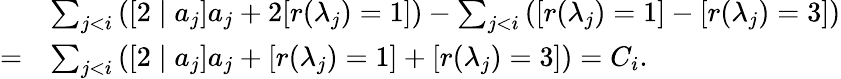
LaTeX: \begin{array}{rl}&{\sum_{j<i}\left([2\mid a_{j}]a_{j}+2[r(\lambda_{j})=1]\right)-\sum_{j<i}\left([r(\lambda_{j})=1]-[r(\lambda_{j})=3]\right)}\\ {=}&{\sum_{j<i}\left([2\mid a_{j}]a_{j}+[r(\lambda_{j})=1]+[r(\lambda_{j})=3]\right)=C_{i}.}\end{array}